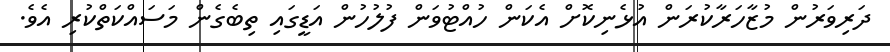
ދަރިވަރުން މުޒާހަރާކުރަން އުޅެނިކޮށް އެކަން ހުއްޓުވަން ފުލުހުން އަޑީގައި ތިބެގެން މަސައްކަތްކުރި އެވެ.